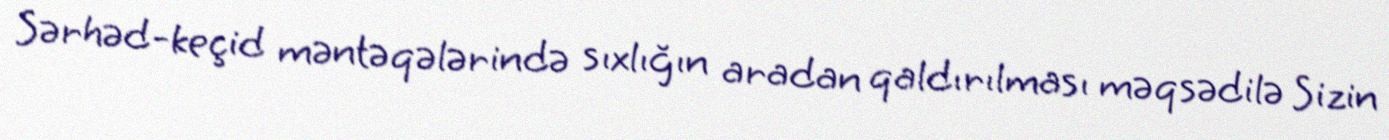
Sərhəd-keçid məntəqələrində sıxlığın aradan qaldırılması məqsədilə Sizin